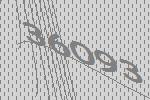
36093